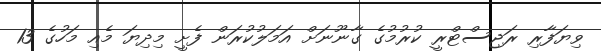
ވިޔަފާރި ރަޖިސްޓްރީ ކުރުމުގެ ގާނޫނަށް އަމަލުކުރަން ފެށީ މިދިޔަ މެއި މަހުގެ 13